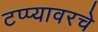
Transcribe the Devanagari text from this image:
टप्प्यावरचे